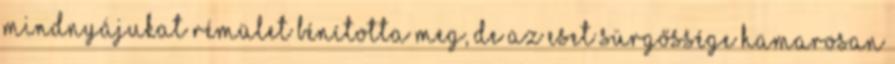
mindnyájukat rémület bénította meg, de az eset sürgőssége hamarosan